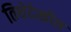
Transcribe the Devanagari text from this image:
तिथेदेखील